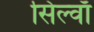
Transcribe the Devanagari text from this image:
सिल्वाँ